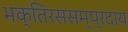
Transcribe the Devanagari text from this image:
भक्तिरससम्प्रदाय